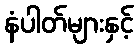
နံပါတ်များနှင့်